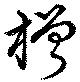
橧